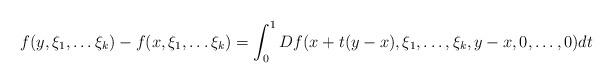
LaTeX: \begin{align*}f(y,\xi_1, \ldots \xi_k) - f(x, \xi_1, \ldots \xi_k) = \int_{0}^{1}Df(x + t(y-x), \xi_1, \ldots, \xi_k, y-x, 0, \ldots, 0) dt\end{align*}